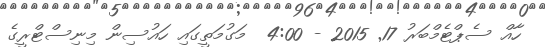
ހާއް ސެޕްޓެމްބަރު 17